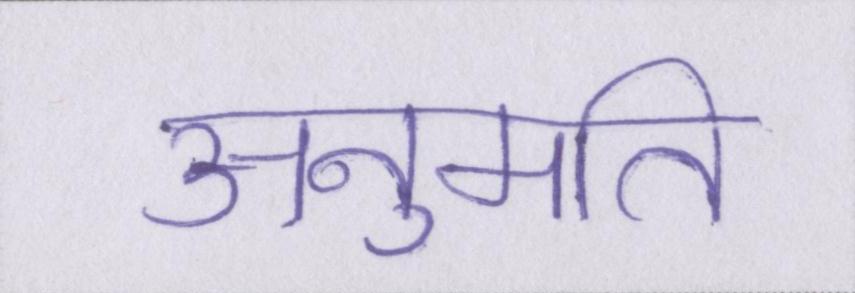
अनुमति